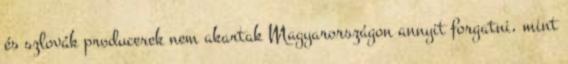
és szlovák producerek nem akartak Magyarországon annyit forgatni, mint